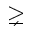
\gneq